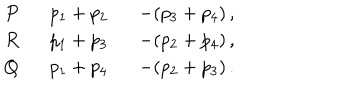
\begin{array} { r l l } { { P \, \, } } & { { \, \, p _ { 1 } + p _ { 2 } \, \, } } & { { \, \, - ( p _ { 3 } + p _ { 4 } ) \, , } } \\ { { R \, \, } } & { { \, \, p _ { 1 } + p _ { 3 } \, \, } } & { { \, \, - ( p _ { 2 } + p _ { 4 } ) \, , } } \\ { { Q \, \, } } & { { \, \, p _ { 1 } + p _ { 4 } \, \, } } & { { \, \, - ( p _ { 2 } + p _ { 3 } ) \, . } } \\ \end{array}